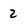
Character: 2